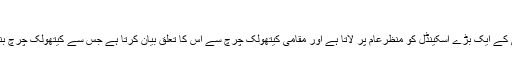
اسپاٹ لائٹ، 2015 (Spotlight)
یہ ایک سچی کہانی میں جس میں دکھایا گیا ہے کہ کس طرح بوسٹن گلوب بچوں سے زیادتی کے ایک بڑے اسکینڈل کو منظرعام پر لاتا ہے اور مقامی کیتھولک چرچ سے اس کا تعلق بیان کرتا ہے جس سے کیتھولک چرچ بنیادوں سے ہل جاتا ہے، اس فلم یں مارک روفالو اور مائیکل کیٹن نے مرکزی کردار ادا کیے۔